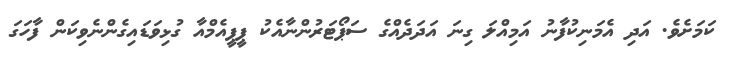
ކަމަށެވެ. އަދި އެމަނިކުފާނު އަމިއްލަ ގިނަ އަދަދެއްގެ ސަޕޯޓަރުންނާއެކު ޕީޕީއެމްއާ ގުޅިވަޑައިގެންނެވިކަން ފާހަގަ